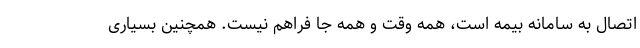
اتصال به سامانه بیمه است، همه وقت و همه جا فراهم نیست. همچنین بسیاری